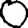
Digit: 0